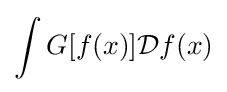
\int G[f(x)]{\mathcal {D}}f(x)